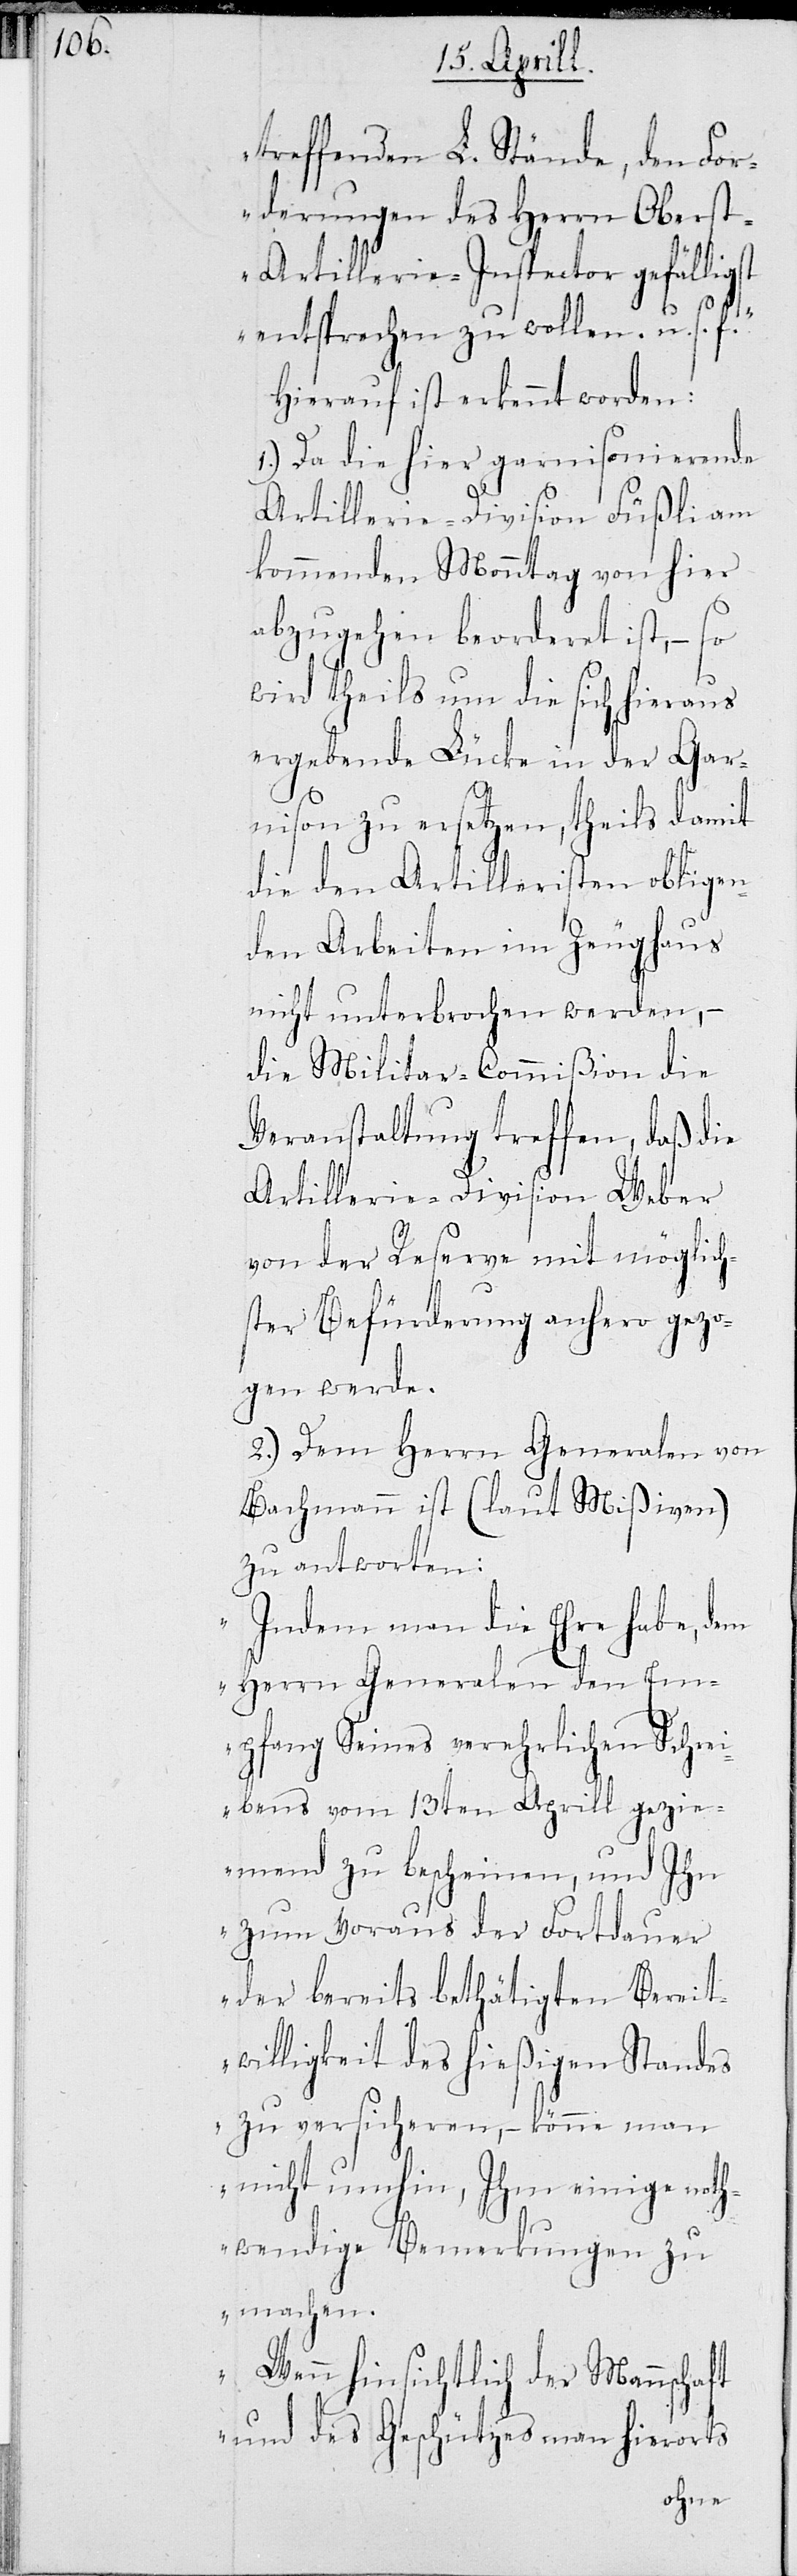
treffenden L. Stände, den For¬
derungen des Herrn Obers¬
t-Artillerie-Inspector gefälligst
entsprechen zu wollen. u. s. f.“
Hierauf ist erkannt worden:
1.) Da die hier garnisonierende
Artillerie-Division Füßli am
kommenden Monntag von hier
abzugehen beorderet ist, – so
wird theils um die sich hieraus
ergebende Lücke in der Gar¬
nison zu ersetzen, theils damit
die den Artilleristen obligen¬
den Arbeiten im Zeughaus
nicht unterbrochen werden, –
die Militar-Commißion die
Veranstaltung treffen, daß die
Artillerie-Division Weber
von der Reserve mit möglich¬
ster Befürderung anhero gezo¬
gen werde.
2.) Dem Herrn Generalen von
Bachmann ist (laut Mißiven)
zu antworten:
„Indem man die Ehre habe, dem
Herrn Generalen den Em¬
pfang Seines verehrlichen Schrei¬
bens vom 13ten Aprill gezie¬
mend zu bescheinen, und Ihn
zum Voraus der Fortdauer
der bereits bethätigten Bereit¬
willigkeit des hießigen Standes
zu versicheren, – könne man
nicht umhin, Ihm einige noth¬
wendige Bemerkungen zu
machen.
Wenn hinsichtlich der Mannschaft
und des Geschützes man hierorts